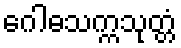
ဂေါဓသက္ကသုတ္တံ